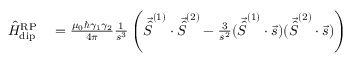
\begin{array} { r l } { \hat { H } _ { \mathrm { d i p } } ^ { \mathrm { R P } } } & { { } = \frac { \mu _ { 0 } \hbar \gamma _ { 1 } \gamma _ { 2 } } { 4 \pi } \frac { 1 } { s ^ { 3 } } \left( \vec { \hat { S } } ^ { ( 1 ) } \cdot \vec { \hat { S } } ^ { ( 2 ) } - \frac { 3 } { s ^ { 2 } } ( \vec { \hat { S } } ^ { ( 1 ) } \cdot \vec { s } ) ( \vec { \hat { S } } ^ { ( 2 ) } \cdot \vec { s } ) \right) } \end{array}